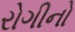
રોગીનો